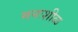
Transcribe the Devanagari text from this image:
मनःशीळ